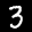
Label: 3